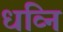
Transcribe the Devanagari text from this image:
धव्नि